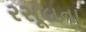
રસૂલના